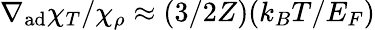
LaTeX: \nabla_{\mathrm{ad}}\chi_{T}/\chi_{\rho}\approx(3/2Z)(k_{B}T/E_{F})